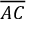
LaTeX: \overline { { A C } }